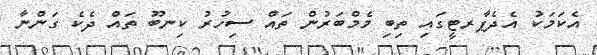
އެކަމަކު އެދެޕާރޓީގައި ތިބި މެމްބަރުން ތައް ސިހުރު ކިނބޫ ތައް ދެކެ ގަންނާ